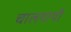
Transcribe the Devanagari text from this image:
चालगायी